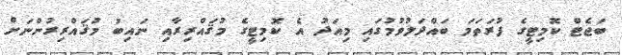
ބަޖެޓް ކޮމިޓީގެ ފުރަތަމަ ބައްދަލުވުމުގައި މިއަދު އެ ކޮމިޓީގެ މުޤައްރިރާއި ނައިބު މުޤައްރިރުންނަށް